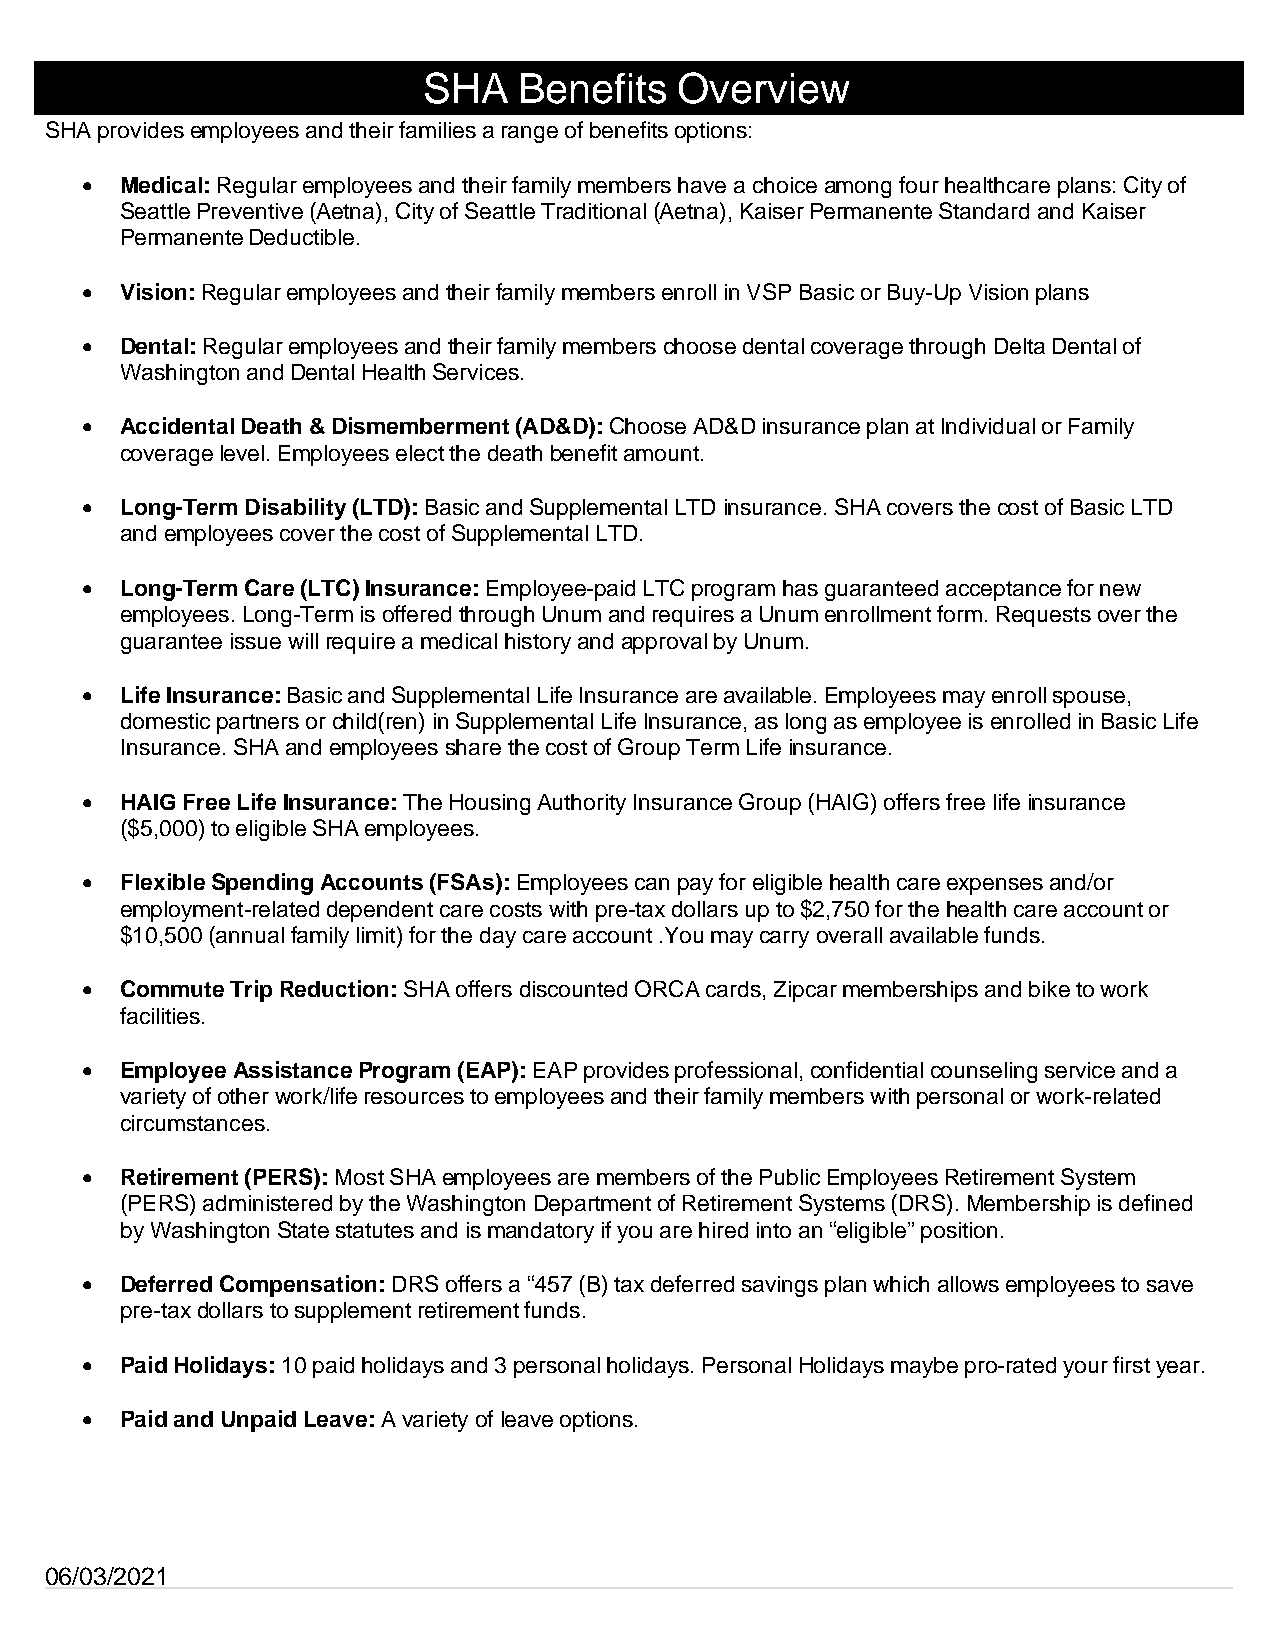
SHA   Benefits   Overview
 SHA provides employees and their families a range of benefits options:
 •  Medical: Regular employees and their family members have a choice among four healthcare plans: City of
 Seattle Preventive (Aetna), City of Seattle Traditional (Aetna), Kaiser Permanente Standard and Kaiser
 Permanente Deductible.
 •  Vision: Regular employees and their family members enroll in VSP Basic or Buy-Up Vision plans
 •  Dental: Regular employees and their family members choose dental coverage through Delta Dental of
 Washington and Dental Health Services.
 •  Accidental Death & Dismemberment (AD&D): Choose AD&D insurance plan at Individual or Family
 coverage level. Employees elect the death benefit amount.
 •  Long-Term Disability (LTD): Basic and Supplemental LTD insurance. SHA covers the cost of Basic LTD
 and employees cover the cost of Supplemental LTD.
 •  Long-Term Care (LTC) Insurance: Employee-paid LTC program has guaranteed acceptance for new
 employees. Long-Term is offered through Unum and requires a Unum enrollment form. Requests over the
 guarantee issue will require a medical history and approval by Unum.
 •  Life Insurance: Basic and Supplemental Life Insurance are available. Employees may enroll spouse,
 domestic partners or child(ren) in Supplemental Life Insurance, as long as employee is enrolled in Basic Life
 Insurance. SHA and employees share the cost of Group Term Life insurance.
 •  HAIG Free Life Insurance: The Housing Authority Insurance Group (HAIG) offers free life insurance
 ($5,000) to eligible SHA employees.
 •  Flexible Spending Accounts (FSAs): Employees can pay for eligible health care expenses and/or
 employment-related dependent care costs with pre-tax dollars up to $2,750 for the health care account or
 $10,500 (annual family limit) for the day care account .You may carry overall available funds.
 •  Commute Trip Reduction: SHA offers discounted ORCA cards, Zipcar memberships and bike to work
 facilities.
 •  Employee Assistance Program (EAP): EAP provides professional, confidential counseling service and a
 variety of other work/life resources to employees and their family members with personal or work-related
 circumstances.
 •  Retirement (PERS): Most SHA employees are members of the Public Employees Retirement System
 (PERS) administered by the Washington Department of Retirement Systems (DRS). Membership is defined
 by Washington State statutes and is mandatory if you are hired into an “eligible” position.
 •  Deferred Compensation: DRS offers a “457 (B) tax deferred savings plan which allows employees to save
 pre-tax dollars to supplement retirement funds.
 •  Paid Holidays: 10 paid holidays and 3 personal holidays. Personal Holidays maybe pro-rated your first year.
 •  Paid and Unpaid Leave: A variety of leave options.
 06/03/2021